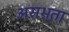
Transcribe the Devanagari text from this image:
असभ्ता